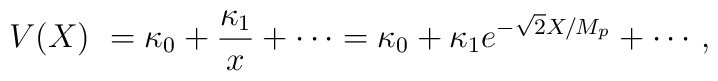
V(X)\ = \kappa_0 + {\kappa_1 \over x} + \cdots =\kappa_0 + \kappa_1 e^{-\sqrt{2} X/M_p} + \cdots \, ,